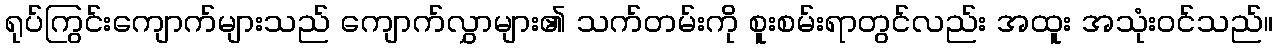
ရုပ်ကြွင်းကျောက်များသည် ကျောက်လွှာများ၏ သက်တမ်းကို စူးစမ်းရာတွင်လည်း အထူး အသုံးဝင်သည်။